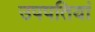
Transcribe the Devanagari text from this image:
उपपतियां